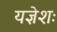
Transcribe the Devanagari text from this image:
यज्ञेशः